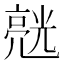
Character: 𱎙